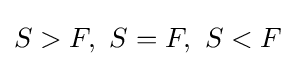
S>F,\ S=F,\ S<F